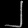
Digit: ၂